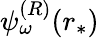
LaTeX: \psi_{\omega}^{(R)}(r_{*})